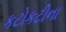
કટોકટીના